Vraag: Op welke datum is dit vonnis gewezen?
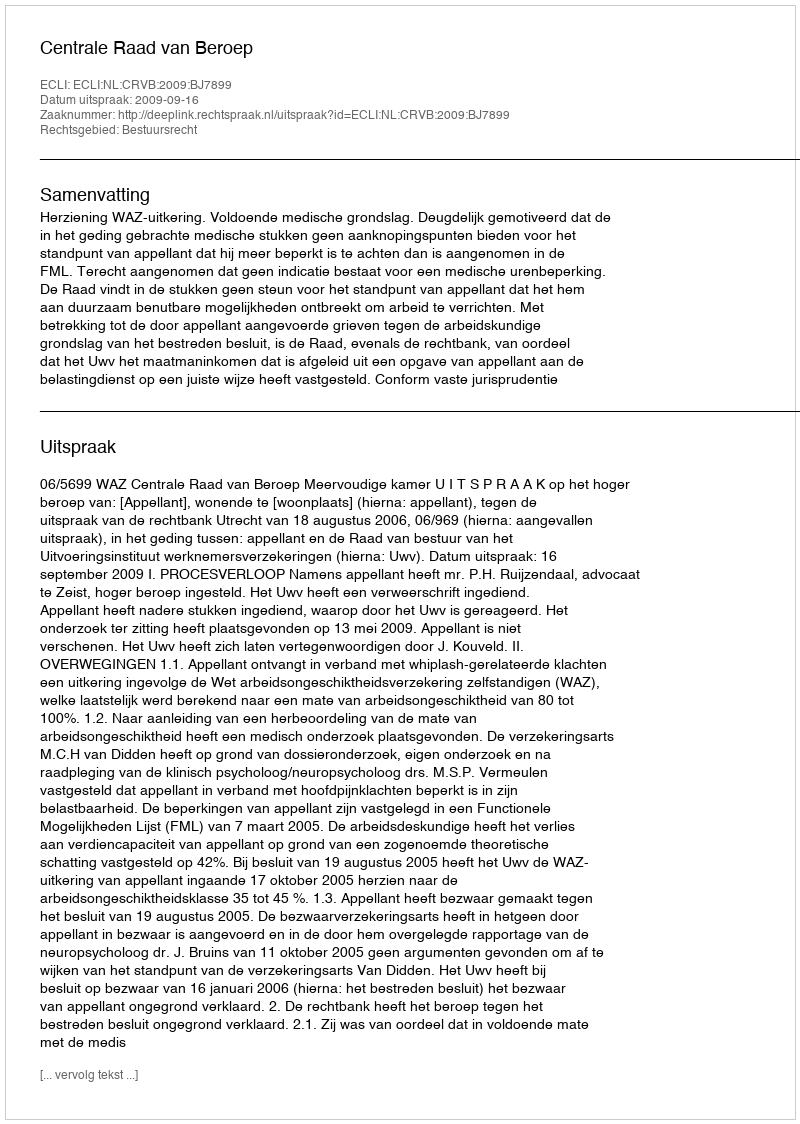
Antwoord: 2009-09-16